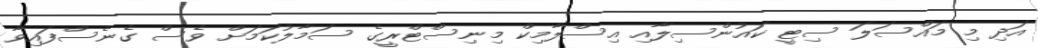
އަދި މި މައްސަލަ ސިޓީ ކައުންސިލާއި އިސްލާމިކް މިނިސްޓްރީގެ ސަމާލުކަމަށް ވެސް ގެނެސްފައިވާ